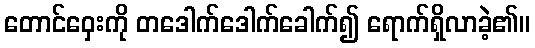
တောင်ဝှေးကို တဒေါက်ဒေါက်ခေါက်၍ ရောက်ရှိလာခဲ့၏။